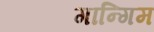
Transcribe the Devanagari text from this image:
गान्गिम